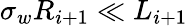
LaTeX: \sigma_{w}R_{i+1}\ll L_{i+1}